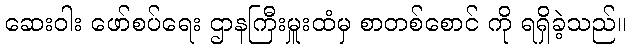
ဆေးဝါး ဖော်စပ်ရေး ဌာနကြီးမှူးထံမှ စာတစ်စောင် ကို ရရှိခဲ့သည်။